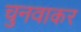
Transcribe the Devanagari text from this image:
चुनवाकर